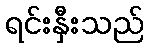
ရင်းနှီးသည်